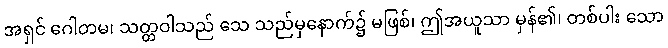
အရှင် ဂေါတမ၊ သတ္တဝါသည် သေ သည်မှနောက်၌ မဖြစ်၊ ဤအယူသာ မှန်၏၊ တစ်ပါး သော